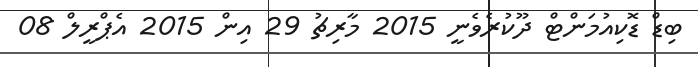
ބިޑް ޑޮކިއުމަންޓް ދޫކުރެވެނީ 2015 މާރިޗު 29 އިން 2015 އެޕްރީލް 08